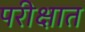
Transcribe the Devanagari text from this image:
परीक्षात